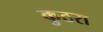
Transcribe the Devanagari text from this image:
कुठरा